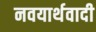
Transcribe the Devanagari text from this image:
नवयार्थवादी